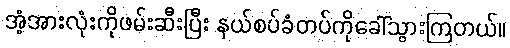
အံ့အားလုံးကိုဖမ်းဆီးပြီး နယ်စပ်ခံတပ်ကိုခေါ်သွားကြတယ်။